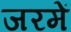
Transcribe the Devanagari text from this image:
जरमें